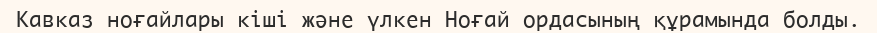
Кавказ ноғайлары кіші және үлкен Ноғай ордасының құрамында болды.